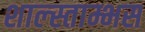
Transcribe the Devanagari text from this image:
शाल्स्ताम्भस